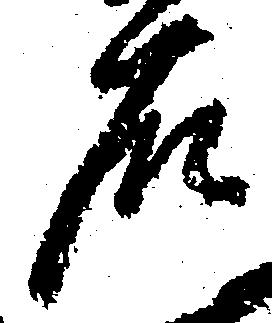
石